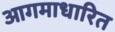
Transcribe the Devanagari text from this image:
आगमाधारित